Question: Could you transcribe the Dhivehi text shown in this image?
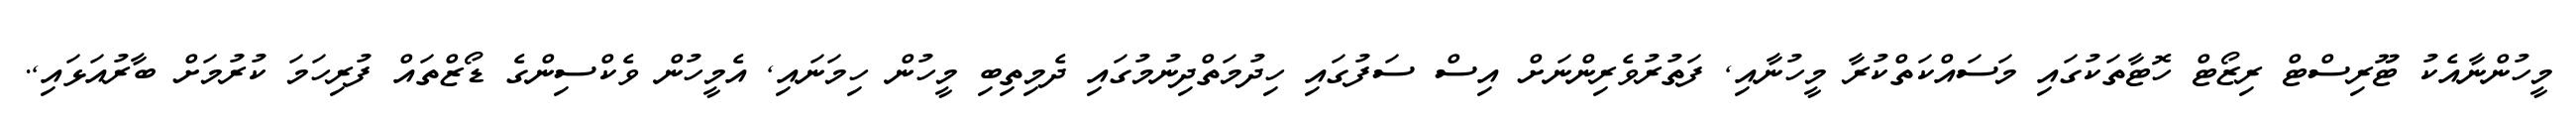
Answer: މީހުންނާއެކު ޓޫރިސްޓް ރިޒޯޓް ހޮޓާތަކުގައި މަސައްކަތްކުރާ މީހުނާއި, ފަތުރުވެރިންނަށް އިސް ސަފުގައި ހިދުމަތްދިނުމުގައި ދެމިތިބި މީހުން ހިމަނައި, އެމީހުން ވެކްސިންގެ ޑޯޒްތައް ފުރިހަމަ ކުރުމަށް ބާރުއަޅައި,.